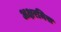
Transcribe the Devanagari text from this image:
अक्षरमिस